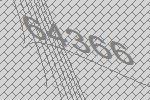
64366